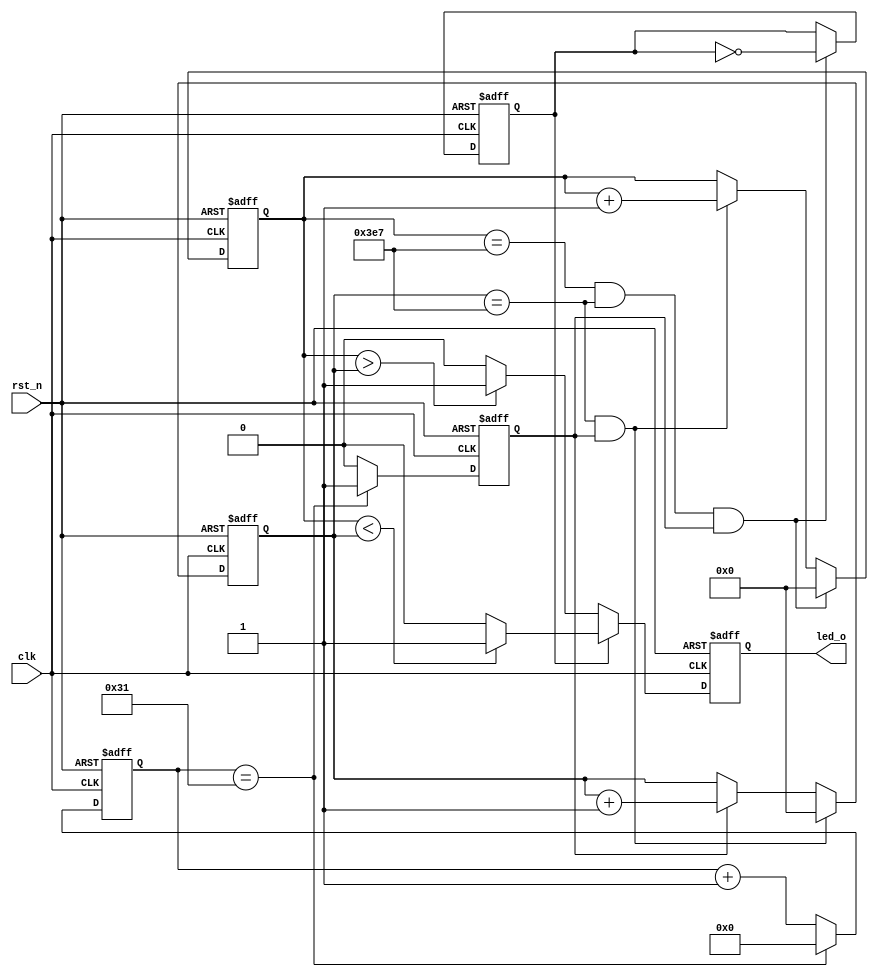
//==================================================================================================
//  Revision      : 
//  Company       : School
//
//  Description   : breath_led;
//==================================================================================================
module pwm_led(
	//input;
	input    wire    clk,  //clk=25MHZ;
	input    wire    rst_n,
	//output;
	output    reg    led_o
	);
parameter CNT_2US_MAX = 6'd49;  //50;
parameter CNT_2MS_MAX = 10'd999;  //1000;
parameter CNT_2S_MAX  = 10'd999;  //1000;

reg [5:0] cnt_2us_n;  //cnt 2us  number;
reg [9:0] cnt_2ms_n;  //cnt 2ms  number;
reg [9:0] cnt_2s_n;   //cnt 2s   number;
reg cnt_2us_flag;     //2us flag;
reg cnt_2s_flag;      //2s flag
//2us and 2us flag produce;
always @(posedge clk or negedge rst_n)
begin
    if (~rst_n)
    begin
        cnt_2us_n <= 0;
    end 
    else if (cnt_2us_n == CNT_2US_MAX)
         begin
             cnt_2us_n <= 0;
         end
         else 
         begin
         	cnt_2us_n <= cnt_2us_n + 1'b1;
         end
end

always @( posedge clk or negedge rst_n ) begin
    if (~rst_n) begin
        cnt_2us_flag <= 0;
    end //if
    else begin
        if (cnt_2us_n == CNT_2US_MAX) begin
            cnt_2us_flag <= 1'b1;
        end //if
        else begin
            cnt_2us_flag <= 1'b0;
        end //else    
    end //else
end //always

always @(posedge clk or negedge rst_n)
begin
	if (~rst_n)
		cnt_2ms_n <= 0;
	else if ((cnt_2ms_n == CNT_2MS_MAX) && (cnt_2us_flag))
	     	cnt_2ms_n <= 0;
	     else if (cnt_2us_flag)
	              cnt_2ms_n <= cnt_2ms_n + 1'b1;
              else 
              	  cnt_2ms_n <= cnt_2ms_n;
end

always @(posedge clk or negedge rst_n)
begin
	if (~rst_n)
		cnt_2s_n <= 0;
	else if ((cnt_2s_n == CNT_2S_MAX) && (cnt_2ms_n == CNT_2MS_MAX) && (cnt_2us_flag))
		     cnt_2s_n <= 0;
	     else if ((cnt_2ms_n == CNT_2MS_MAX) && (cnt_2us_flag))
	     	      cnt_2s_n <= cnt_2s_n + 1'b1;
	          else 
	          	cnt_2s_n <= cnt_2s_n;
end

always @(posedge clk or negedge rst_n)
begin
	if (~rst_n)
		cnt_2s_flag <= 0;
	else if ((cnt_2s_n == CNT_2S_MAX) && (cnt_2ms_n == CNT_2MS_MAX) && (cnt_2us_flag))
	     	cnt_2s_flag <= ~cnt_2s_flag;
	     else 
	     	cnt_2s_flag <= cnt_2s_flag;
end

always @(posedge clk or negedge rst_n)
begin
	if (~rst_n)
	begin
		led_o <=0;
	end
	else if (cnt_2s_flag == 1'b0) 
	     begin
	     	if ( cnt_2s_n > cnt_2ms_n)
	     		led_o <= 1'b1;
	     	else 
	     		led_o <= 1'b0;
		  end
	     else 
	     begin
	     	if (cnt_2s_n < cnt_2ms_n)
	     		led_o <= 1'b1;
	     	else
	     	    led_o <= 1'b0;	
	     end
end

endmodule